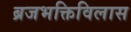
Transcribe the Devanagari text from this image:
ब्रजभक्तिविलास